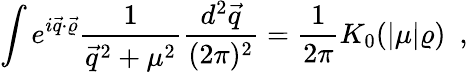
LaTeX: \int e^{i\vec{q}\cdot\vec{\varrho}}\frac{1}{\vec{q}^{2}+\mu^{2}}\frac{d^{2}\vec{q}}{(2\pi)^{2}}=\frac{1}{2\pi}K_{0}(|\mu|\varrho)~~,